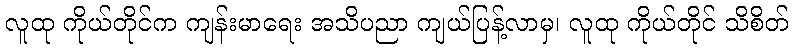
လူထု ကိုယ်တိုင်က ကျန်းမာရေး အသိပညာ ကျယ်ပြန့်လာမှ၊ လူထု ကိုယ်တိုင် သိစိတ်